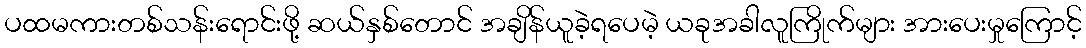
ပထမကားတစ်သန်းရောင်းဖို့ ဆယ်နှစ်တောင် အချိန်ယူခဲ့ရပေမဲ့ ယခုအခါလူကြိုက်များ အားပေးမှုကြောင့်